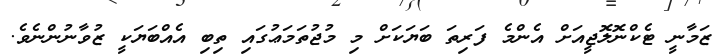
ޒަމާނީ ޓެކްނޮލޮޖީއަށް އެންމެ ފަރިތަ ބަޔަކަށް މި މުޖުތަމަޢުގައި ތިބި އެއްބަޔަކީ ޒުވާނުންނެވެ.